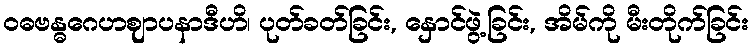
ဝဓဗန္ဓဂေဟဈာပနာဒီဟိ၊ ပုတ်ခတ်ခြင်း, နှောင်ဖွဲ့ခြင်း, အိမ်ကို မီးတိုက်ခြင်း